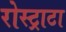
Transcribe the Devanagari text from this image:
रोस्ट्राटा